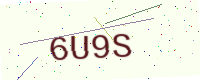
Text: 6U9S